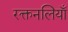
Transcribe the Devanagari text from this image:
रक्तनलियाँ